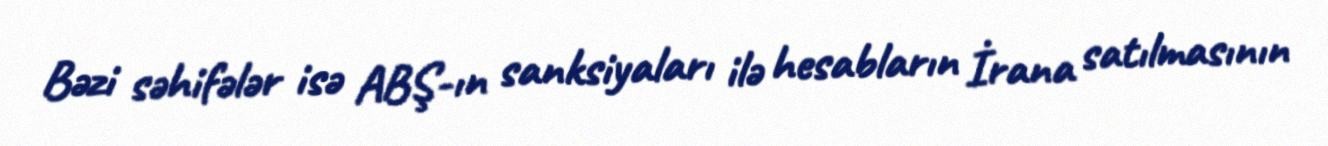
Bəzi səhifələr isə ABŞ-ın sanksiyaları ilə hesabların İrana satılmasının